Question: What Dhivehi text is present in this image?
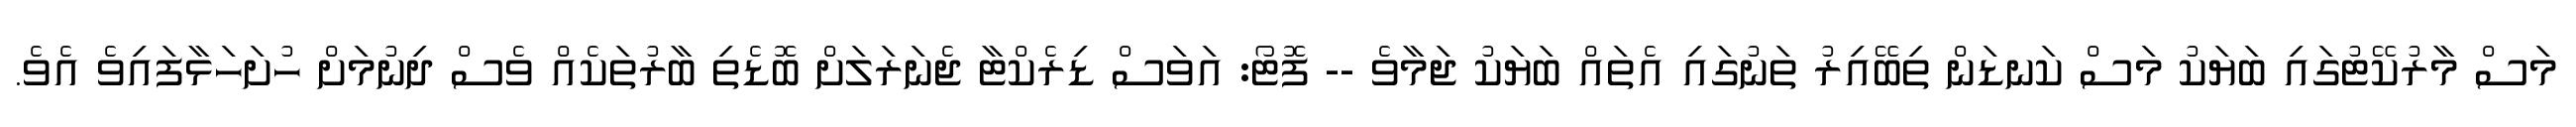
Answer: މަސް މާރުކޭޓުގައި ބަޔަކު މަސް ކަނޑަން ތިބޭއިރު ތަނުގައި އެތައް ބަޔަކު ޖަމާވެ -- ފޮޓޯ: އަވަސް ޑިރެކްޓާ ޖެނަރަލަށް ބޮޑެތި ބާރުތަކެއް ވެސް ދިނުމަށް ހުށަހަޅާފައިވެ އެވެ.